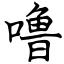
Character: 噜